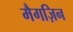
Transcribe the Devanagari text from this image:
मैगज़िन